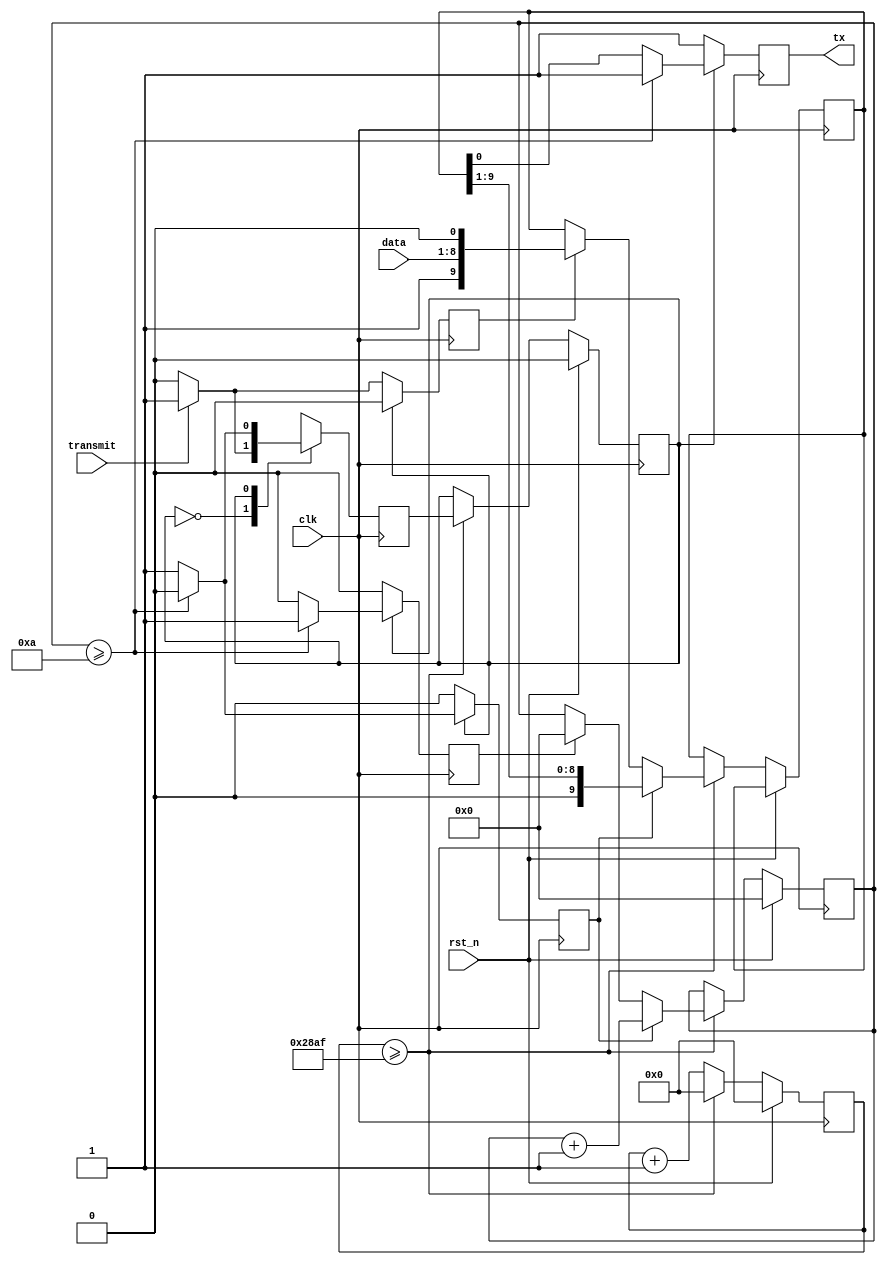
`timescale 1ns / 1ps
//////////////////////////////////////////////////////////////////////////////////
// Company: 
// Engineer: 
// 
// Design Name: 
// Module Name: transmitter
// Project Name: 
// Target Devices: 
// Tool Versions: 
// Description: 
// 
// Dependencies: 
// 
// Revision:
// Revision 0.01 - File Created
// Additional Comments:
// 
//////////////////////////////////////////////////////////////////////////////////


module transmitter(
input clk, //UART input clock
input rst_n, // reset signal
input transmit, //btn signal to trigger the UART communication
input [7:0] data, // data transmitted
output reg tx // Transmitter serial output. TxD will be held high during reset, or when no transmissions aretaking place. 
    );

//internal variables
reg [3:0] bitcounter; //4 bits counter to count up to 10
reg [13:0] counter; //14 bits counter to count the baud rate, counter = clock / baud rate
reg state,nextstate; // initial & next state variable
// 10 bits data needed to be shifted out during transmission.
//The least significant bit is initialized with the binary value 0 (a start bit) A binary value 1 is introduced in the most significant bit 
reg [9:0] rightshiftreg; 
reg shift; //shift signal to start bit shifting in UART
reg load; //load signal to start loading the data into rightshift register and add start and stop bit
reg clear; //clear signal to start reset the bitcounter for UART transmission

//UART transmission logic
always @ (posedge clk) 
begin 
    if (rst_n) 
	   begin // reset is asserted (reset = 1)
        state <=0; // state is idle (state = 0)
        counter <=0; // counter for baud rate is reset to 0 
        bitcounter <=0; //counter for bit transmission is reset to 0
       end
    else begin
         counter <= counter + 1; //counter for baud rate generator start counting 
            if (counter >= 10415) //if count to 10416 (from 0 to 10415)
               begin 
                  state <= nextstate; //previous state change to next state
                  counter <=0; // reset couter to 0
            	  if (load) rightshiftreg <= {1'b1,data,1'b0}; //load the data if load is asserted
		          if (clear) bitcounter <=0; // reset the bitcounter if clear is asserted
                  if (shift) 
                     begin // if shift is asserted
                        rightshiftreg <= rightshiftreg >> 1; //right shift the data as we transmit the data from lsb
                        bitcounter <= bitcounter + 1; //count the bitcounter
                     end
               end
         end
end 

//state machine

always @ (posedge clk) //trigger by positive edge of clock, 
//always @ (state or bitcounter or transmit)
begin
    load <=0; // set load equal to 0 at the beginning
    shift <=0; // set shift equal to 0 at the beginning
    clear <=0; // set clear equal to 0 at the beginning
    tx <=1; // set TxD equals to during no transmission
    case (state)
        0: begin // idle state
             if (transmit) begin // assert transmit input
             nextstate <= 1; // Move to transmit state
             load <=1; // set load to 1 to prepare to load the data
             shift <=0; // set shift to 0 so no shift ready yet
             clear <=0; // set clear to 0 to avoid clear any counter
             end 
		else begin // if transmit not asserted
             nextstate <= 0; // next state is back to idle state
             tx <= 1; 
             end
           end
        1: begin  // transmit state
             if (bitcounter >=10) begin // check if transmission is complete or not. If complete
             nextstate <= 0; // set nextstate back to 0 to idle state
             clear <=1; // set clear to 1 to clear all counters
             end 
		else begin // if transmisssion is not complete 
             nextstate <= 1; // set nextstate to 1 to stay in transmit state
             tx <= rightshiftreg[0]; // shift the bit to output TxD
             shift <=1; // set shift to 1 to continue shifting the data
             end
           end
         default: nextstate <= 0;                      
    endcase
end


endmodule